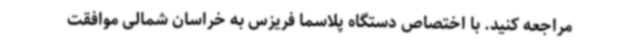
مراجعه کنید. با اختصاص دستگاه پلاسما فریزس به خراسان شمالی موافقت